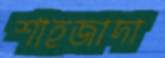
শাহজাদা